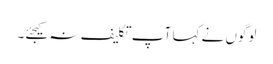
لوگوں نے کہا آپ تکلیف نہ کیجئے۔